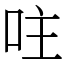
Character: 𠰍